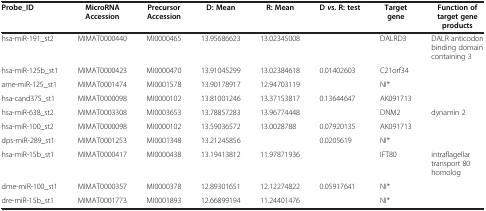
<table><thead><tr><td><b>Probe_ID</b></td><td><b>MicroRNA Accession</b></td><td><b>Precursor Accession</b></td><td><b>D: Mean</b></td><td><b>R: Mean</b></td><td><b>D <i>vs. </i>R: test</b></td><td><b>Target gene</b></td><td><b>Function of target gene products</b></td></tr></thead><tbody><tr><td>hsa-miR-191_st2</td><td>MIMAT0000440</td><td>MI0000465</td><td>13.95686623</td><td>13.02345008</td><td>[EMPTY_CELL]</td><td>DALRD3</td><td>DALR anticodon binding domain containing 3</td></tr><tr><td>hsa-miR-125b_st1</td><td>MIMAT0000423</td><td>MI0000470</td><td>13.91045299</td><td>13.02384618</td><td>0.01402603</td><td>C21orf34</td><td>[EMPTY_CELL]</td></tr><tr><td>ame-miR-125_st1</td><td>MIMAT0001474</td><td>MI0001578</td><td>13.90178917</td><td>12.94703119</td><td>[EMPTY_CELL]</td><td>NI*</td><td>[EMPTY_CELL]</td></tr><tr><td>hsa-cand375_st1</td><td>MIMAT0000098</td><td>MI0000102</td><td>13.81001246</td><td>13.37153817</td><td>0.13644647</td><td>AK091713</td><td>[EMPTY_CELL]</td></tr><tr><td>hsa-miR-638_st2</td><td>MIMAT0003308</td><td>MI0003653</td><td>13.78857283</td><td>13.96774448</td><td>[EMPTY_CELL]</td><td>DNM2</td><td>dynamin 2</td></tr><tr><td>hsa-miR-100_st2</td><td>MIMAT0000098</td><td>MI0000102</td><td>13.59036572</td><td>13.0028788</td><td>0.07920135</td><td>AK091713</td><td>[EMPTY_CELL]</td></tr><tr><td>dps-miR-289_st1</td><td>MIMAT0001253</td><td>MI0001348</td><td>13.21245856</td><td>[EMPTY_CELL]</td><td>0.0205619</td><td>NI*</td><td>[EMPTY_CELL]</td></tr><tr><td>hsa-miR-15b_st1</td><td>MIMAT0000417</td><td>MI0000438</td><td>13.19413812</td><td>11.97871936</td><td>[EMPTY_CELL]</td><td>IFT80</td><td>intraflagellar transport 80 homolog</td></tr><tr><td>dme-miR-100_st1</td><td>MIMAT0000357</td><td>MI0000378</td><td>12.89301651</td><td>12.12274822</td><td>0.05917641</td><td>NI*</td><td>[EMPTY_CELL]</td></tr><tr><td>dre-miR-15b_st1</td><td>MIMAT0001773</td><td>MI0001893</td><td>12.66899194</td><td>11.24401476</td><td>[EMPTY_CELL]</td><td>NI*</td><td>[EMPTY_CELL]</td></tr></tbody></table>